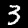
Digit: 3